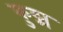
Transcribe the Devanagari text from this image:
कुट्म